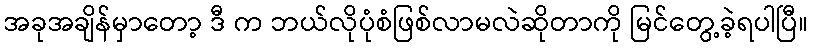
အခုအချိန်မှာတော့ ဒီ က ဘယ်လိုပုံစံဖြစ်လာမလဲဆိုတာကို မြင်တွေ့ခဲ့ရပါပြီ။